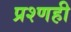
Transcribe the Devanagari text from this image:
प्रश्णही